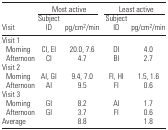
|  | <COLSPAN=2> Most active | <COLSPAN=2> Least active |
 | Visit | Subject ID | pg/cm2/min | Subject ID | pg/cm2/min |
 | --- | --- | --- | --- | --- |
 | <COLSPAN=5> Visit 1 |
 | Morning | CI, EI | 20.0, 7.6 | DI | 4.0 |
 | Afternoon | CI | 4.7 | BI | 2.7 |
 | <COLSPAN=5> Visit 2 |
 | Morning | AI, GI | 9.4, 7.0 | FI, HI | 1.5, 1.6 |
 | Afternoon | AI | 9.5 | FI | 0.6 |
 | <COLSPAN=5> Visit 3 |
 | Morning | GI | 8.2 | AI | 1.7 |
 | Afternoon | GI | 3.7 | FI | 0.6 |
 | Average |  | 8.8 |  | 1.8 |